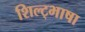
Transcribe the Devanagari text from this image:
शिल्ट्भाषा